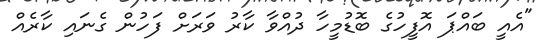
"އެއީ ބައްޕަ އޮފީހުގެ ބޮޑުމީހާ ދުއްވާ ކާރު ވަރަށް ފަހުން ގެނައި ކާރެއް